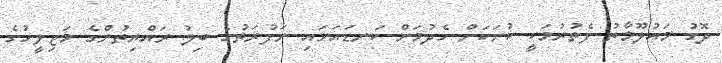
ދޮގު މައުލޫމާތު ފެތުރުމަކީ ކުށަކަށް ހެދުމަށް ކަނޑައަޅައި ނަފުރަތުގެ ބިލު ރައްޔިތުންގެ މަޖިލީހުގެ